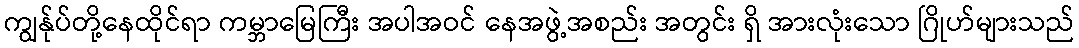
ကျွန်ုပ်တို့နေထိုင်ရာ ကမ္ဘာမြေကြီး အပါအဝင် နေအဖွဲ့အစည်း အတွင်း ရှိ အားလုံးသော ဂြိုဟ်များသည်